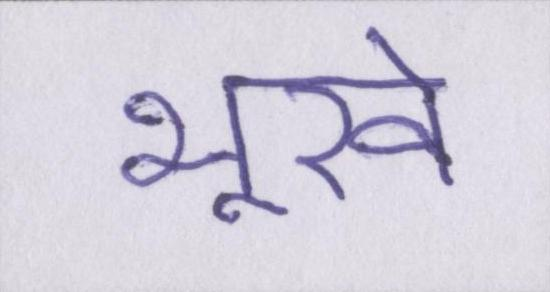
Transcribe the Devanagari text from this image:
भूखे